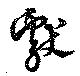
獻